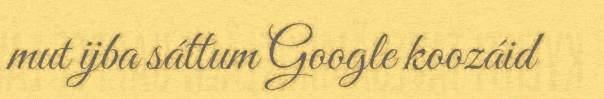
mut ijba sáttum Google koozáid